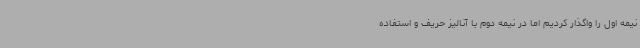
نیمه اول را واگذار کردیم اما در نیمه دوم با آنالیز حریف و استفاده